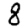
Digit: 8